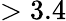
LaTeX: >3.4